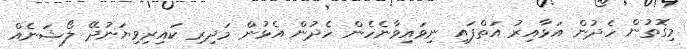
މިގޮތުން ހެދުން އަޅާއިރު އަތްފައި ނިވައިވާނެހެން ހެދުން އެޅުން މަދިރި ކައިރިވިޔަނުދޭ ލޯޝަނެއް